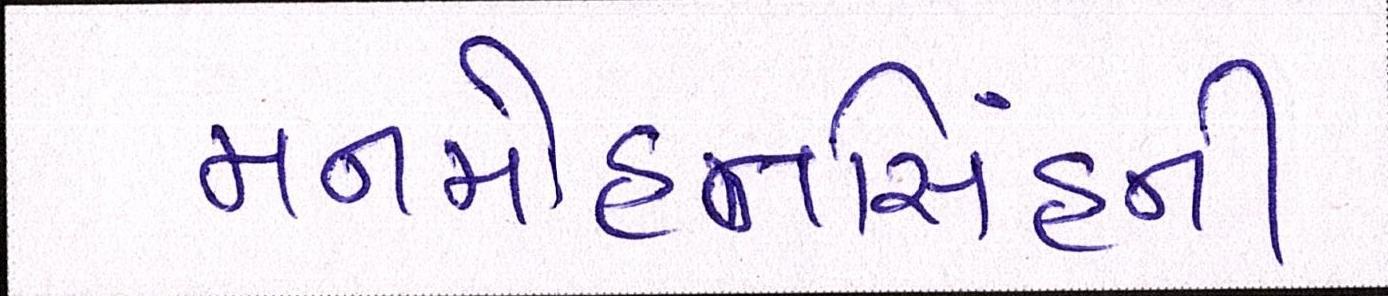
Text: મનમોહનિંસહની